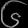
Digit: ၆